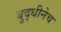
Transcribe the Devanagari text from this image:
बुद्धीनेच